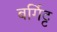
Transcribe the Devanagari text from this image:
बर्गिट्ट